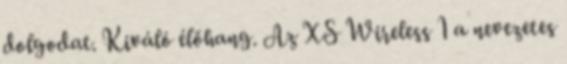
dolgodat. Kiváló élőhang. Az XS Wireless 1 a nevezetes